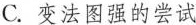
C.变法图强的尝试